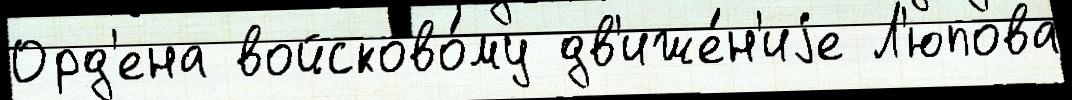
Орд'ена войсково́му дв'иже́н'иjе Л'юпова